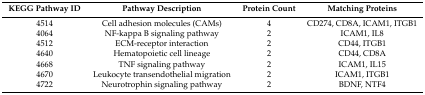
| KEGG Pathway ID | Pathway Description | Protein Count | Matching Proteins |
 | --- | --- | --- | --- |
 | 4514 | Cell adhesion molecules (CAMs) | 4 | CD274, CD8A, ICAM1, ITGB1 |
 | 4064 | NF-kappa B signaling pathway | 2 | ICAM1, IL8 |
 | 4512 | ECM-receptor interaction | 2 | CD44, ITGB1 |
 | 4640 | Hematopoietic cell lineage | 2 | CD44, CD8A |
 | 4668 | TNF signaling pathway | 2 | ICAM1, IL15 |
 | 4670 | Leukocyte transendothelial migration | 2 | ICAM1, ITGB1 |
 | 4722 | Neurotrophin signaling pathway | 2 | BDNF, NTF4 |